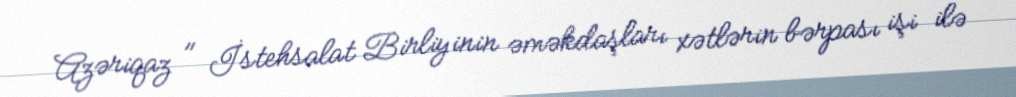
Azəriqaz " İstehsalat Birliyinin əməkdaşları xətlərin bərpası işi ilə